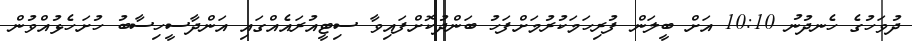
ދުވަހުގެ ހެނދުނު 10:10 އަށް ބީލަން ފުރިހަމަކުރުމަށްފަހު ބަންދުކޮށްފައިވާ ސިޓީއުރައެއްގައި އަންދާސީހިސާބު ހުށަހެޅުއްވުން